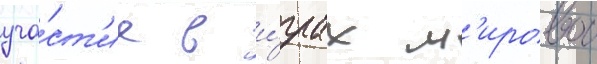
уча́ст'ие в и́грах м'ировои